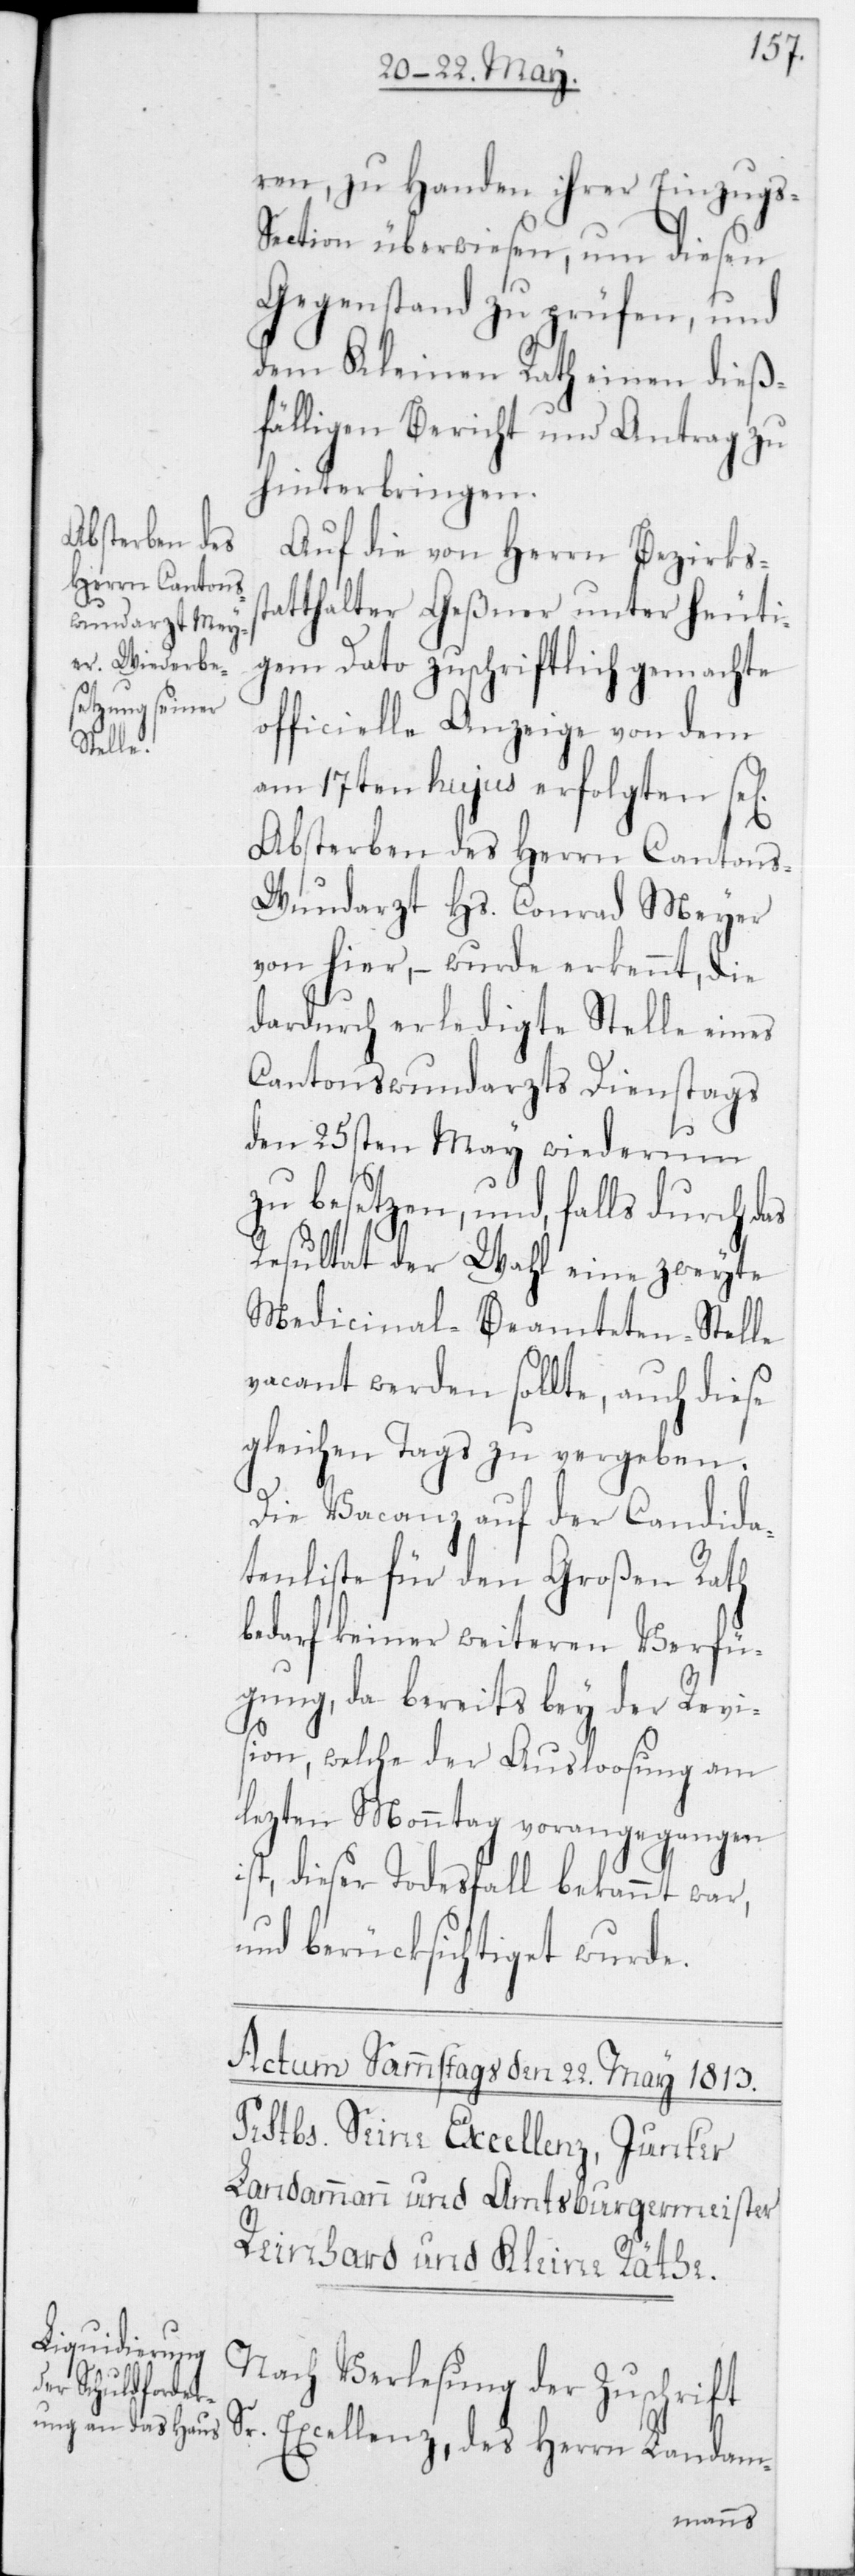
ren, zu Handen ihrer Einzugs-S¬
ection überwiesen, um diesen
Gegenstand zu prüfen, und
dem Kleinen Rath einen dieß¬
fälligen Bericht und Antrag zu
hinterbringen.
Auf die von Herrn Bezirksst¬
atthalter Geßner unter heuti¬
gem Dato zuschriftlich gemachte
officielle Anzeige von dem
am 17ten hujus erfolgten sel.
Absterben des Herrn Cantons¬
wundarzt Hs. Conrad Meyer
von hier, – wurde erkennt, die
dardurch erledigte Stelle eines
Cantonswundarzts Dienstags
den 25sten May wiederum
zu besetzen, und, falls durch das
Resultat der Wahl eine zweyte
Medicinal-Beamteten-Stelle
vacant werden sollte, auch diese
gleichen Tags zu vergeben.
Die Vacanz auf der Candida¬
tenliste für den Großen Rath
bedarf keiner weiteren Verfü¬
gung, da bereits bey der Revi¬
sion, welche der Ausloosung am
lezten Monntag vorangegangen
ist, dieser Todesfall bekannt war,
und berücksichtiget wurde.
Nach Verlesung der Zuschrift
Excellenz, des Herrn Landam-